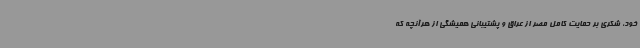
خود، شکری بر حمایت کامل مصر از عراق و پشتیبانی همیشگی از هرآنچه که